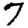
Digit: 7